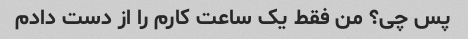
پس چی؟ من فقط یک ساعت کارم را از دست دادم